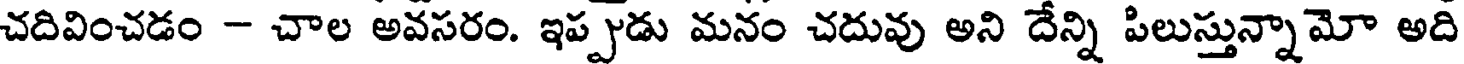
చదివించడం - చాల అవసరం. ఇప్పుడు మనం చదువు అని దేన్ని పిలుస్తున్నామో అది